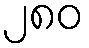
၂၈၀